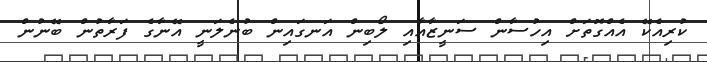
ކުރިއެކޭ އެއްގޮތަށް އިހުސާން ސަނީޒާއާއި ލޯބިން އަނގައިން ބުނެލަނީ އޭނާގެ ފަރާތުން ބޭނުން